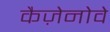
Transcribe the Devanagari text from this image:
कैज़ेनोवे